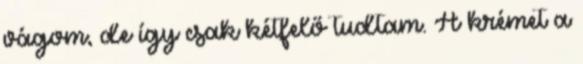
vágom, de így csak kétfelő tudtam. A krémet a